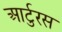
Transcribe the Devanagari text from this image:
आर्टुरस